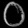
Digit: ၀